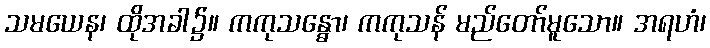
သမယေန၊ ထိုအခါ၌။ ကကုသန္ဓော၊ ကကုသန် မည်တော်မူသော။ အရဟံ၊